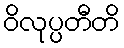
ဝိလုပ္ပတီတိ